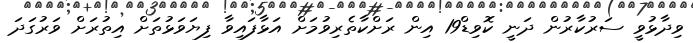
ވިދާޅުވީ ސަރުކާރުން ދަނީ ކޮވިޑް19 އިން ރަށްކާތެރިވުމަށް އަޅާފައިވާ ފިޔަވަޅުތަށް އިތުރަށް ވަރުގަދަ